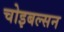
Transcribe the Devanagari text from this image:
चोइबल्सन